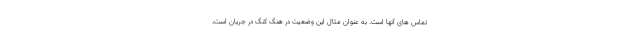
تماس های آنها است. به عنوان مثال این وضعیت در هنگ کنگ در جریان است،